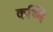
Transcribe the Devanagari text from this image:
कथ्थि